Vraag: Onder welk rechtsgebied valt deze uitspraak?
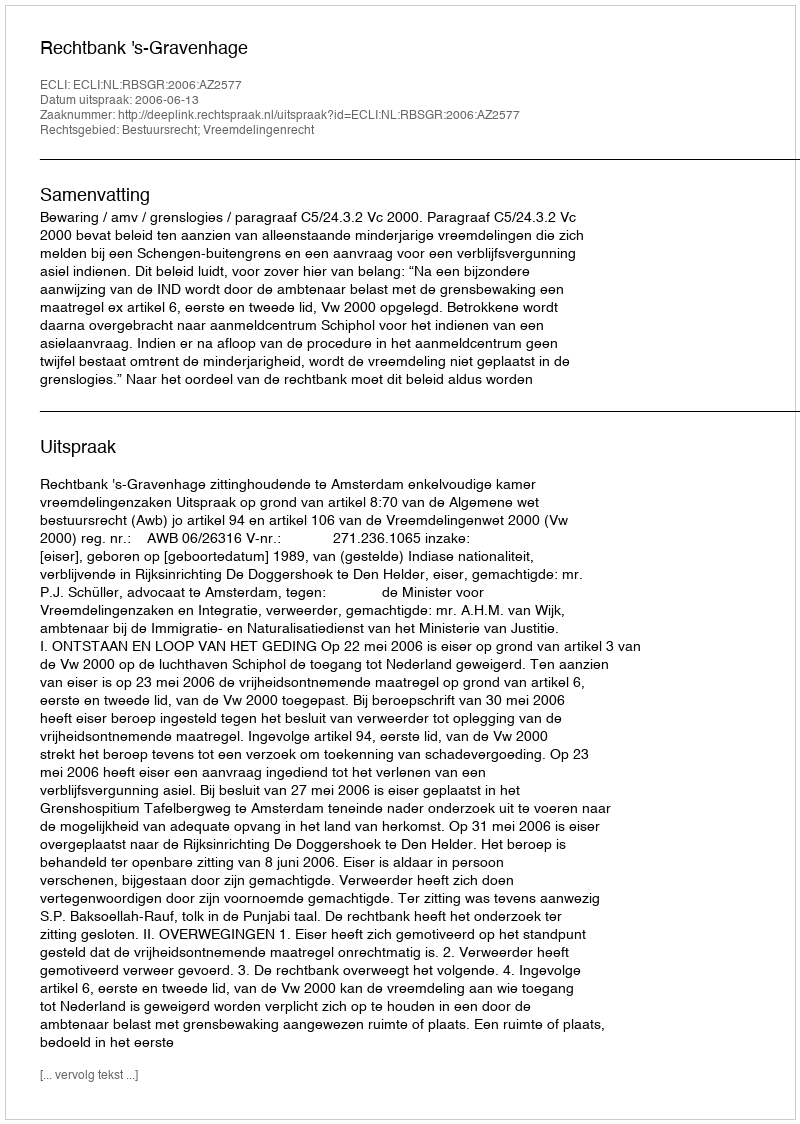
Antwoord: Bestuursrecht; Vreemdelingenrecht